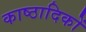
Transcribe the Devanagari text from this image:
काष्ठादिकों